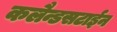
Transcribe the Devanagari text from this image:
कलैन्डसटाईन